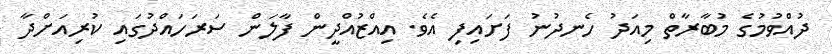
ދުއްވުމުގެ މުބާރާތް މިއަދު ހެނދުނު ފަށައިފި އެވެ. އިއްޒުއްދީން ފާލަން ސަރަހައްދުގައި ކުރިއަށްދާ